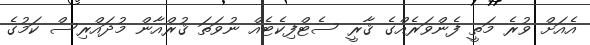
އެއަށް ވުރެ މަތީ ފެންވަރެއްގެ ޤާރީ ސެޓްފިކެޓެއް ނުވަތަ ޤުރްއާން މުދައްރިސް ކަމުގެ